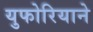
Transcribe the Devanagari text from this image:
युफोरियाने